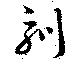
訓